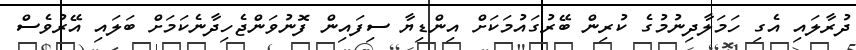
ދުރާލައި އެގި ހަމަލާދިނުމުގެ ކުރިން ބޭރުގައުމަކަށް އިންޑިޔާ ސިފައިން ފޮނުވަންޖެހިދާނެކަމަށް ބަލައި އޭރުވެސް